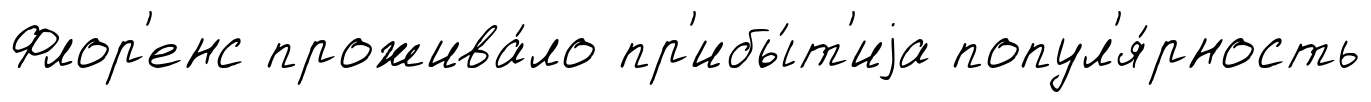
Флор'енс прожива́ло пр'ибы́т'иjа попул'я́рность